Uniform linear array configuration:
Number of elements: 24
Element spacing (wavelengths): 0.25
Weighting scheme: binomial
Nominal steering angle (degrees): -30
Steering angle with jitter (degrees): -30.664
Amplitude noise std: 0.05
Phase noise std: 0.05

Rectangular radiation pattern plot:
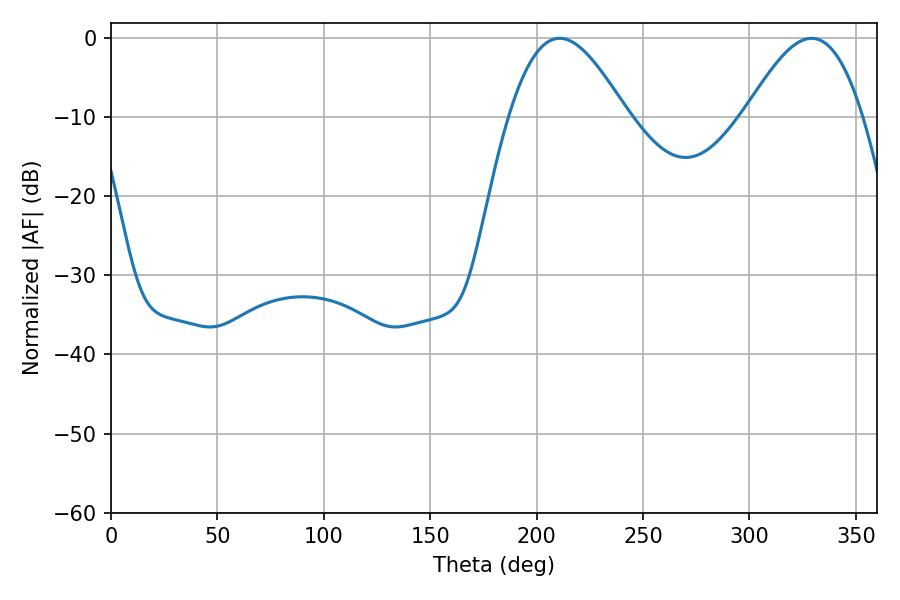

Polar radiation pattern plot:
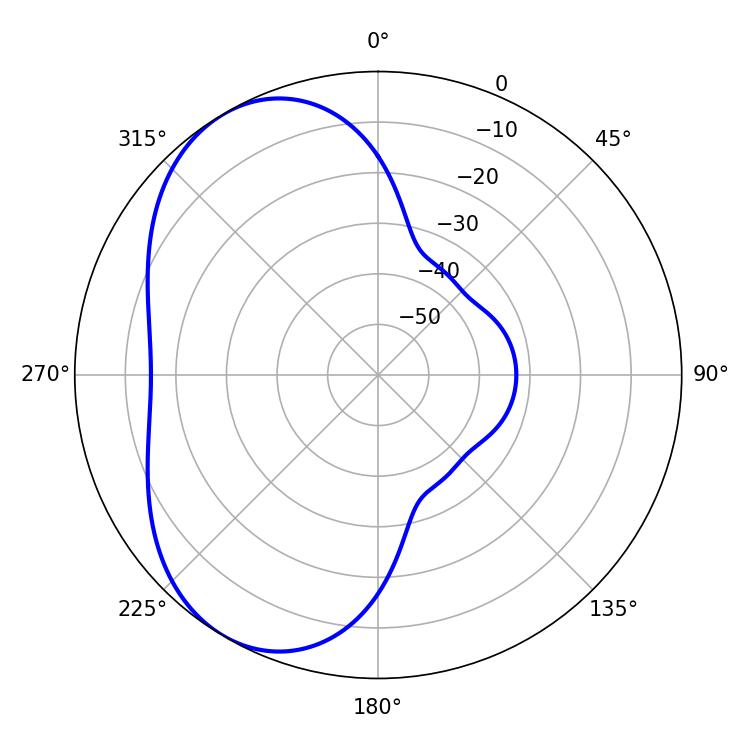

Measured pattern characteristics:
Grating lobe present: FALSE
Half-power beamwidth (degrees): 29.88
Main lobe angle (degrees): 210.78